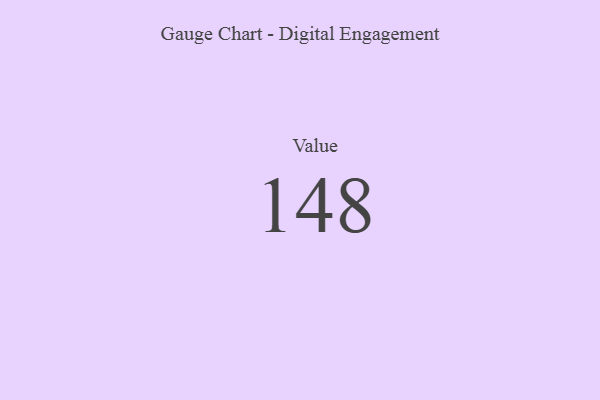
{"axis": {"x": "Metric", "y": "Value"}, "legend": [""], "data": [{"x": "Value", "y": 148, "type": ""}]}